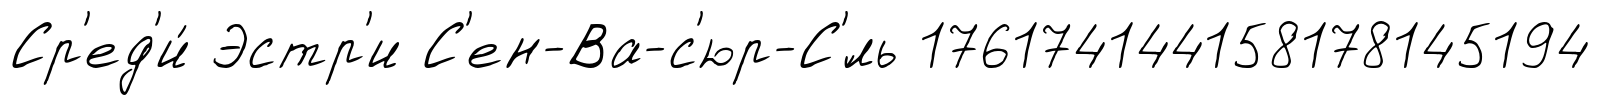
Ср'ед'и́ Эстр'и С'ен-Ва-с'юр-С'́ль 176174144158178145194